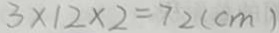
3 \times 1 2 \times 2 = 7 2 ( c m )